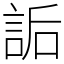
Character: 詬